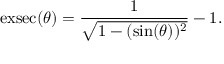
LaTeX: \operatorname { e x s e c } ( \theta ) = { \frac { 1 } { \sqrt { 1 - ( \sin ( \theta ) ) ^ { 2 } } } } - 1 .